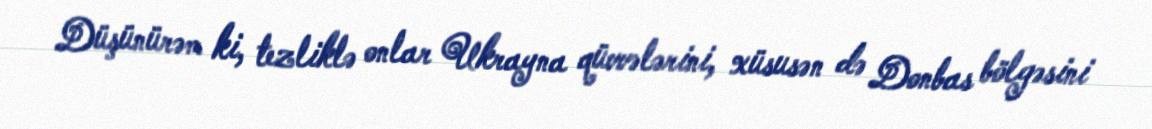
Düşünürəm ki, tezliklə onlar Ukrayna qüvvələrini, xüsusən də Donbas bölgəsini